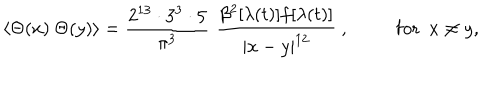
\langle \Theta ( x ) \ \Theta ( y ) \rangle = { \frac { 2 ^ { 1 3 } \cdot 3 ^ { 3 } \cdot 5 } { \pi ^ { 3 } } } \, \, \frac { \beta ^ { 2 } [ \lambda ( t ) ] f [ \lambda ( t ) ] } { | x - y | ^ { 1 2 } } ~ , ~ \mathrm { f o r } ~ ~ x \neq y ,